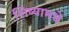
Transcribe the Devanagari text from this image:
शिष्यामधे